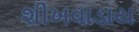
શીખવાડાય